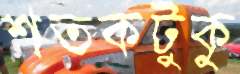
শতকটুকু